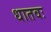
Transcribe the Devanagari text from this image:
धातवः